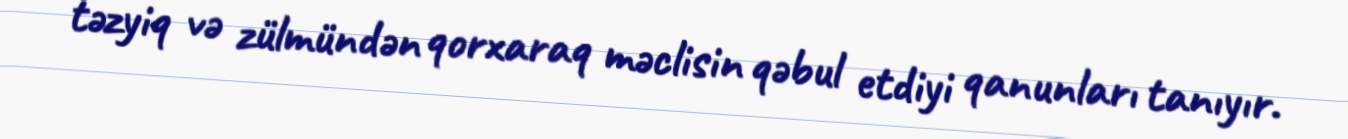
təzyiq və zülmündən qorxaraq məclisin qəbul etdiyi qanunları tanıyır.